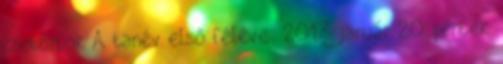
csütörtök A tanév első féléve: 2017. január 20. péntek